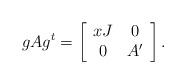
LaTeX: \begin{align*}gA g^t =\left[\begin{array}{cc} xJ & 0 \\ 0 & A' \end{array}\right]. \end{align*}